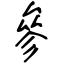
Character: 參